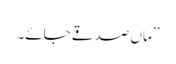
’’ماں صدقے جائے۔